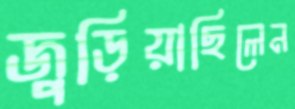
জুড়িয়াছিলেন